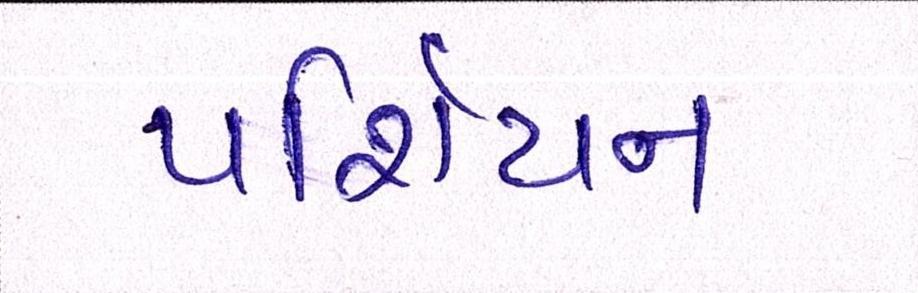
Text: પર્શિયન